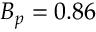
\ensuremath { B _ { p } } = 0 . 8 6